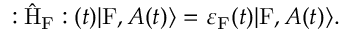
: \hat { \mathrm { H } } _ { \mathrm { F } } : ( t ) | \mathrm { F } , A ( t ) \rangle = { \varepsilon } _ { \mathrm { F } } ( t ) | \mathrm { F } , A ( t ) \rangle .